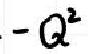
\(-Q^{2}\)